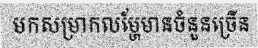
មកសម្រាកលម្ហែមានចំនួនច្រើន